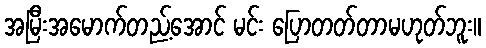
အမြီးအမောက်တည့်အောင် မင်း ပြောတတ်တာမဟုတ်ဘူး။